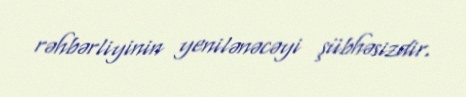
rəhbərliyinin yenilənəcəyi şübhəsizdir.